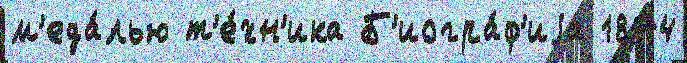
м'еда́лью т'е́хн'ика Б'иогра́ф'иjа 1874